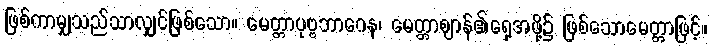
ဖြစ်ကာမျှသည်သာလျှင်ဖြစ်သော။ မေတ္တာပုဗ္ဗဘာဂေန၊ မေတ္တာဈာန်၏ရှေ့အဖို့၌ ဖြစ်သောမေတ္တာဖြင့်။